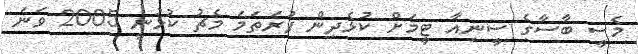
މެސީ ބާސާގެ ސީނިއާ ޓީމަށް ކުޅެދިން ފުރަތަމަ މެޗު ކުޅުނީ 2005 ވަނަ